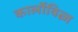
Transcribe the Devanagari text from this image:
कार्लोवित्ज़